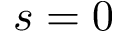
s = 0